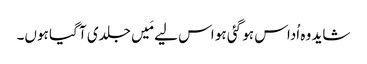
شاید وہ اُداس ہو گئی ہو اس لیے مَیں جلدی آ گیا ہوں۔